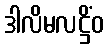
ဒါလိမလဋ္ဌိံဝ